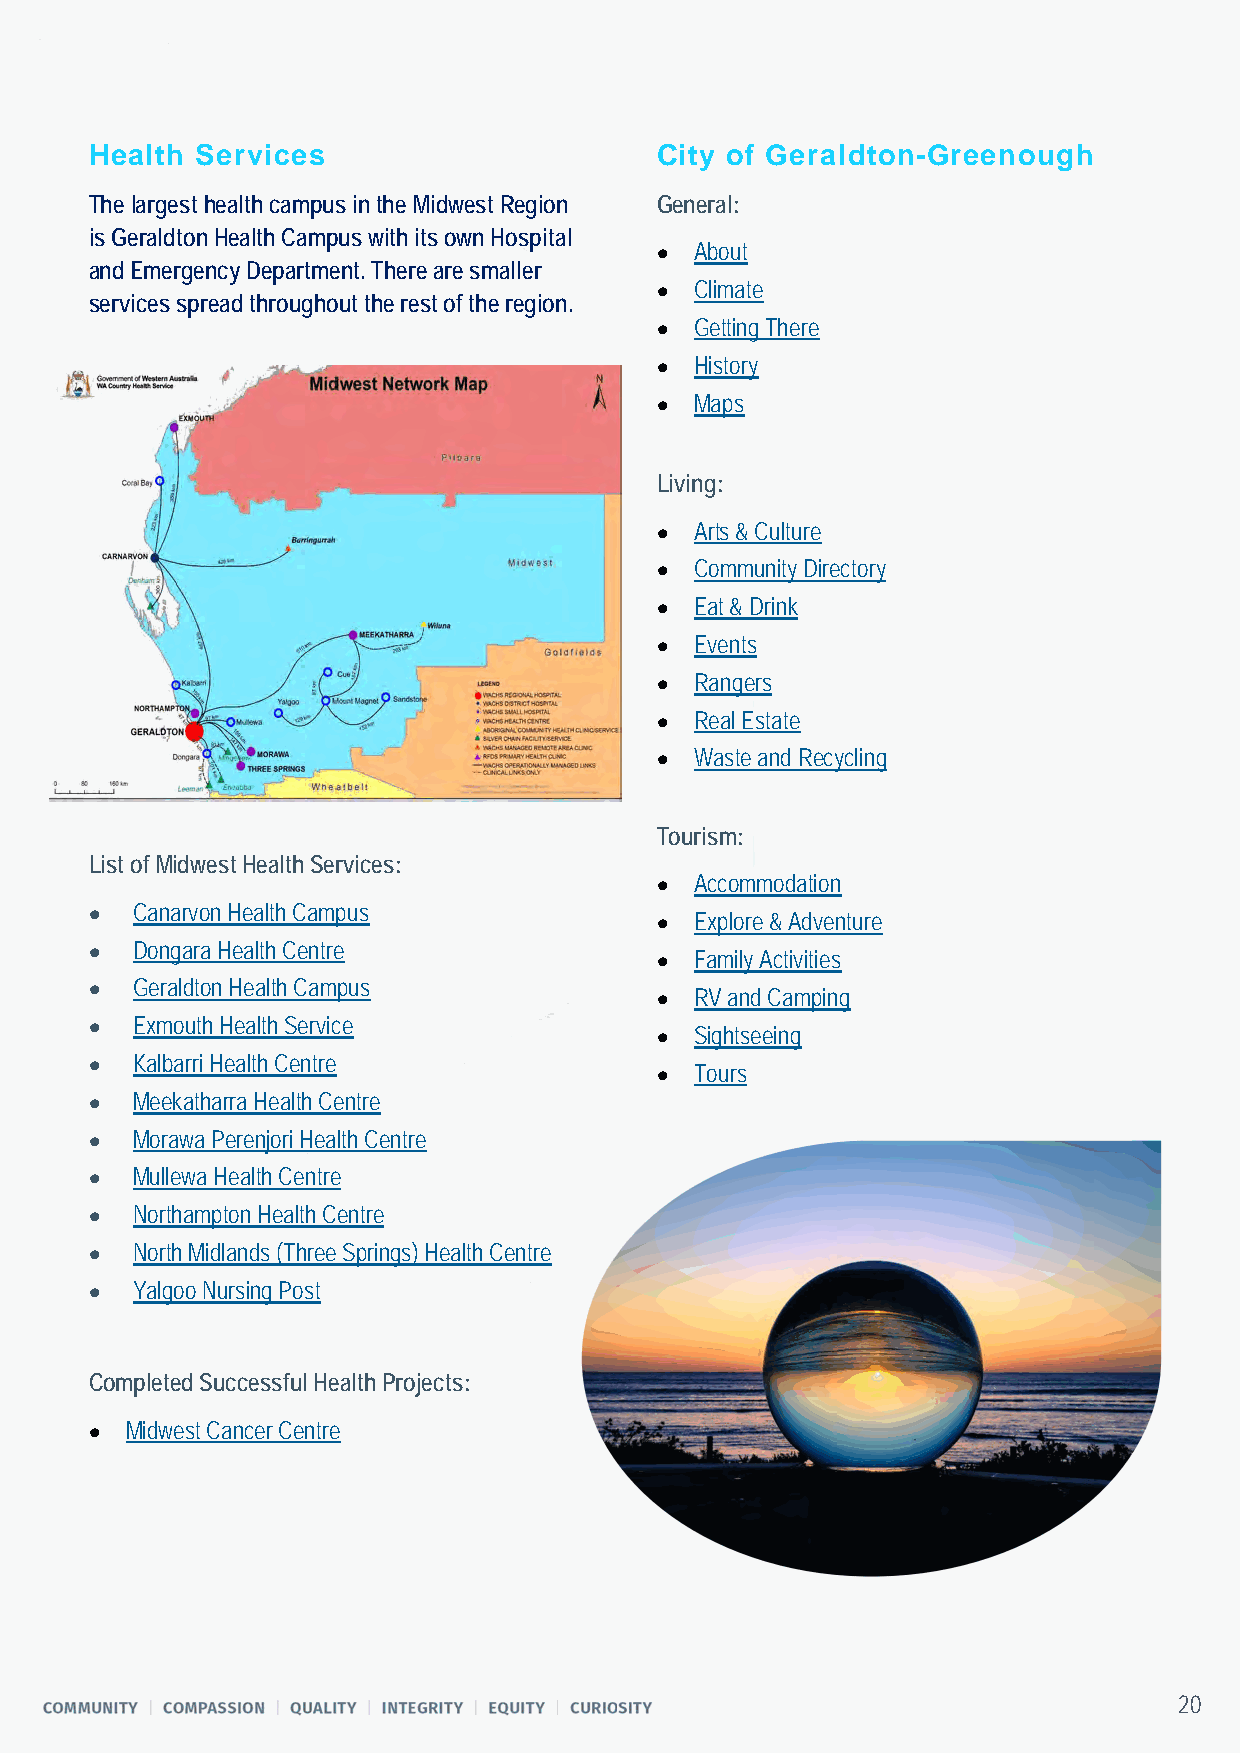
Health Services                      City of Geraldton-Greenough
 The largest health campus in the Midwest Region General:
 is Geraldton Health Campus with its own Hospital
 •  About
 and Emergency Department. There are smaller
 •  Climate
 services spread throughout the rest of the region.
 •  Getting There
 •  History
 •  Maps
 Living:
 •  Arts & Culture
 •  Community Directory
 •  Eat & Drink
 •  Events
 •  Rangers
 •  Real Estate
 •  Waste and Recycling
 Tourism:
 List of Midwest Health Services:
 •  Accommodation
 •  Canarvon Health Campus
 •  Explore & Adventure
 •  Dongara Health Centre
 •  Family Activities
 •  Geraldton Health Campus
 •  RV and Camping
 •  Exmouth Health Service
 •  Sightseeing
 •  Kalbarri Health Centre
 •  Tours
 •  Meekatharra Health Centre
 •  Morawa Perenjori Health Centre
 •  Mullewa Health Centre
 •  Northampton Health Centre
 •  North Midlands (Three Springs) Health Centre
 •  Yalgoo Nursing Post
 Completed Successful Health Projects:
 • Midwest Cancer Centre
 20